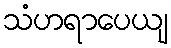
သံဟရာပေယျ